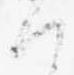
く